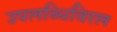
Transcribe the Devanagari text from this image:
उपलब्धिविरल